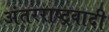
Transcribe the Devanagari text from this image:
अंतरराष्ट्रवादी